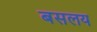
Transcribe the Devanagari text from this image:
बसलय